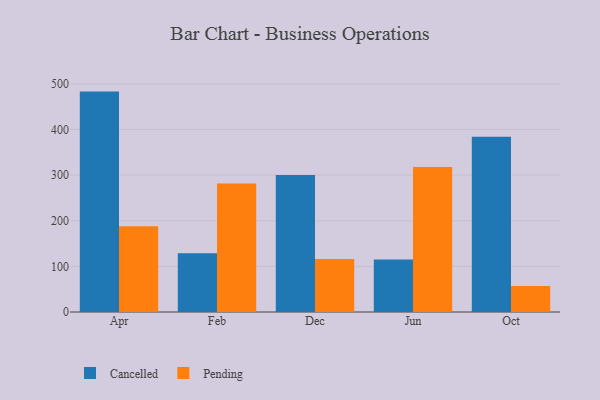
{"axis": {"x": "Month", "y": "Energy Usage (MWh)"}, "legend": ["Cancelled", "Pending"], "data": [{"x": "Apr", "y": 483.0, "type": "Cancelled"}, {"x": "Apr", "y": 187.9, "type": "Pending"}, {"x": "Feb", "y": 128.7, "type": "Cancelled"}, {"x": "Feb", "y": 281.6, "type": "Pending"}, {"x": "Dec", "y": 300.4, "type": "Cancelled"}, {"x": "Dec", "y": 116.3, "type": "Pending"}, {"x": "Jun", "y": 114.9, "type": "Cancelled"}, {"x": "Jun", "y": 317.6, "type": "Pending"}, {"x": "Oct", "y": 384.0, "type": "Cancelled"}, {"x": "Oct", "y": 56.9, "type": "Pending"}]}